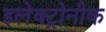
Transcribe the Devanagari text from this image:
इलेक्ट्रोनीक